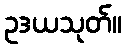
ဥဒယသုတ်။